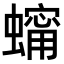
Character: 𧑗